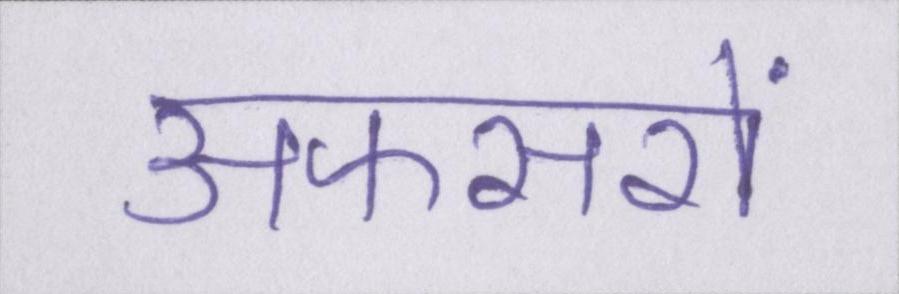
अफसरों